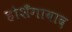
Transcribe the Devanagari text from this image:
होशँगाबाद